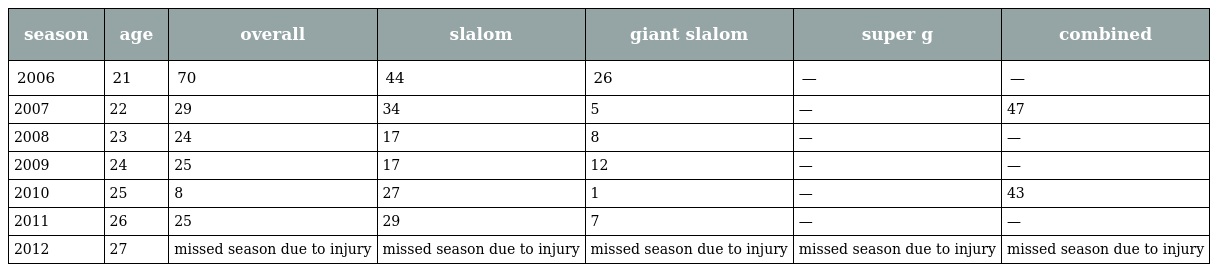
| season | age | overall | slalom | giant slalom | super g | combined |
 | --- | --- | --- | --- | --- | --- | --- |
 | 2006 | 21 | 70 | 44 | 26 | — | — |
 | 2007 | 22 | 29 | 34 | 5 | — | 47 |
 | 2008 | 23 | 24 | 17 | 8 | — | — |
 | 2009 | 24 | 25 | 17 | 12 | — | — |
 | 2010 | 25 | 8 | 27 | 1 | — | 43 |
 | 2011 | 26 | 25 | 29 | 7 | — | — |
 | 2012 | 27 | missed season due to injury | missed season due to injury | missed season due to injury | missed season due to injury | missed season due to injury |